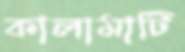
কালামাটি